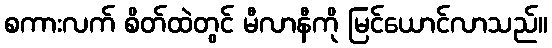
စကားလက် စိတ်ထဲတွင် မီလာနီကို မြင်ယောင်လာသည်။